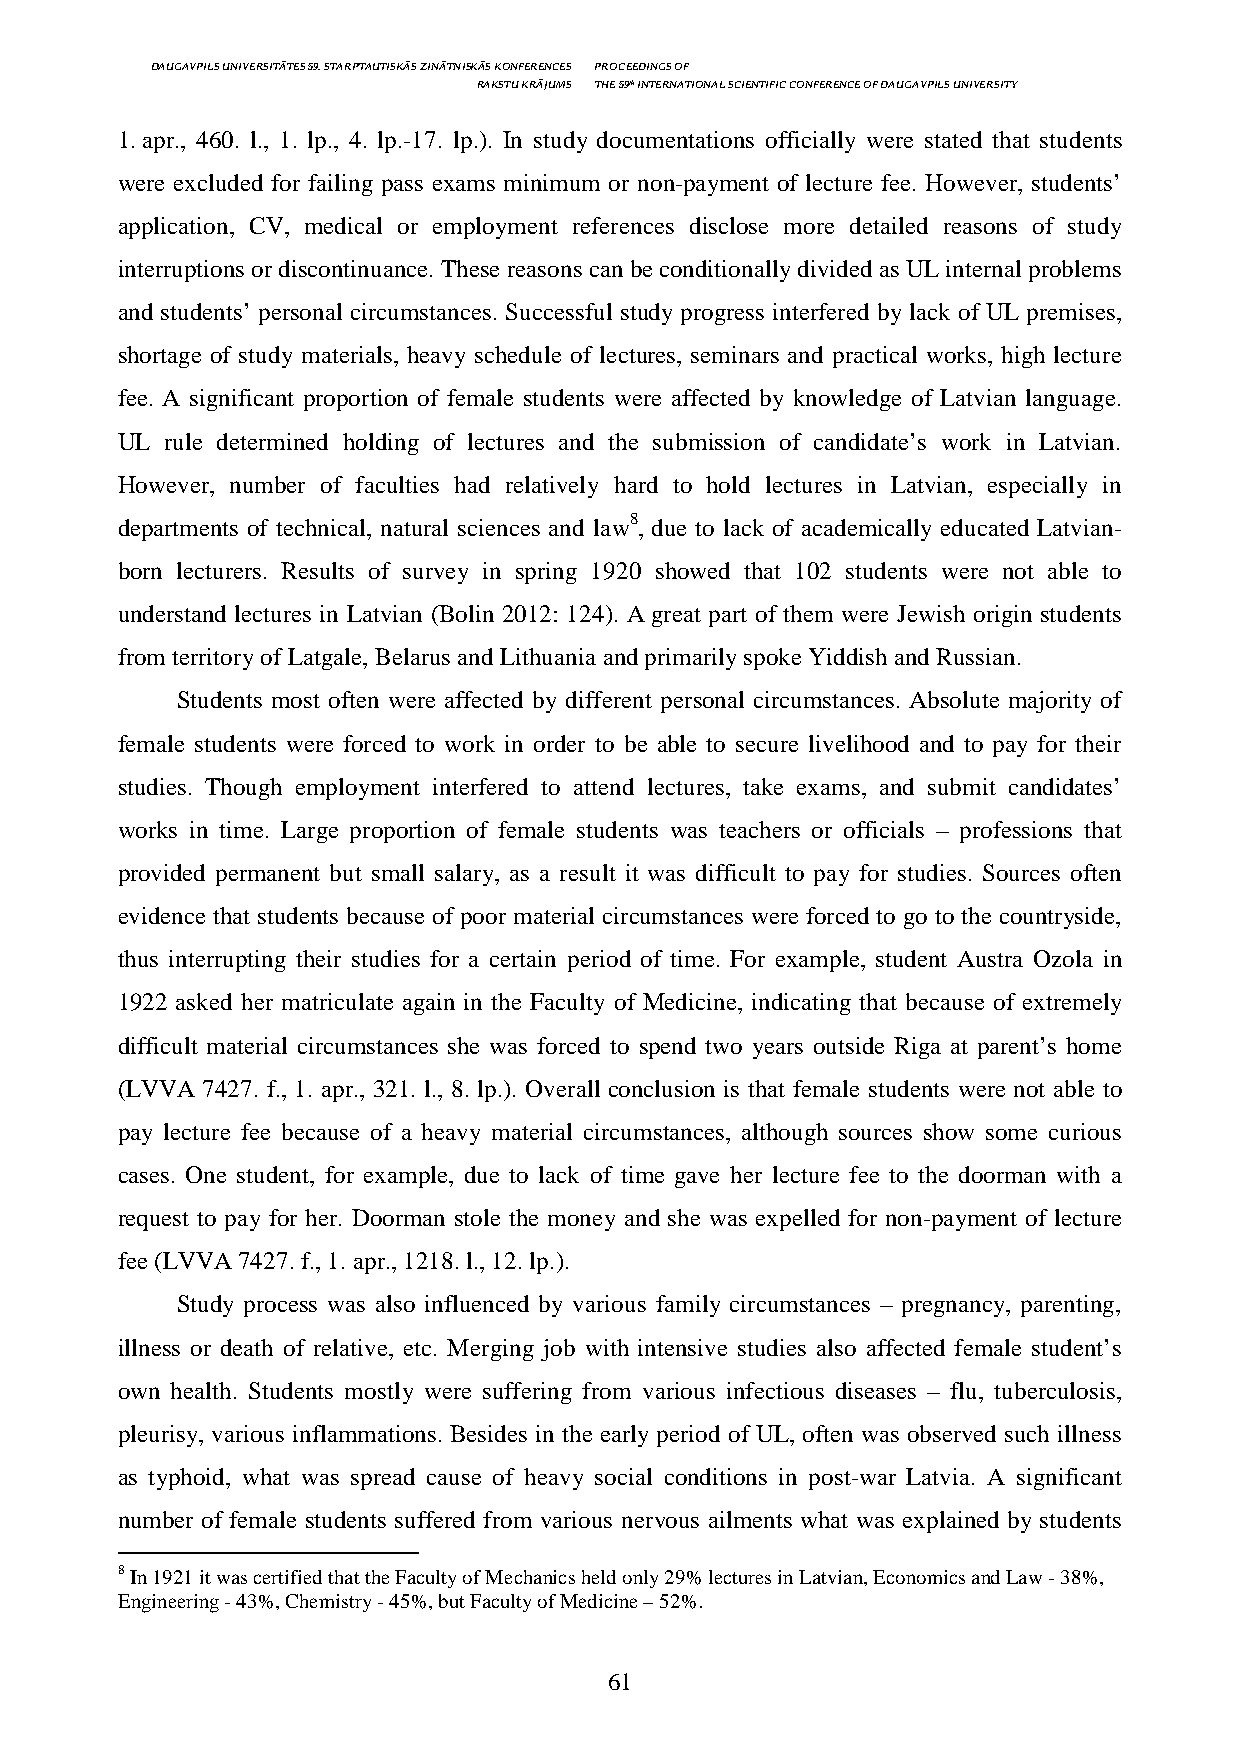
DAUGAVPILS UNIVERSITĀTES 59. STARPTAUTISKĀS ZINĀTNISKĀS KONFERENCES PROCEEDINGS OF
 RAKSTU KRĀJUMS THE 59th INTERNATIONAL SCIENTIFIC CONFERENCE OF DAUGAVPILS UNIVERSITY
 1. apr., 460. l., 1. lp., 4. lp.-17. lp.). In study documentations officially were stated that students
 were excluded for failing pass exams minimum or non-payment of lecture fee. However, students’
 application, CV, medical or employment references disclose more detailed reasons of study
 interruptions or discontinuance. These reasons can be conditionally divided as UL internal problems
 and students’ personal circumstances. Successful study progress interfered by lack of UL premises,
 shortage of study materials, heavy schedule of lectures, seminars and practical works, high lecture
 fee. A significant proportion of female students were affected by knowledge of Latvian language.
 UL rule determined holding of lectures and the submission of candidate’s work in Latvian.
 However, number of faculties had relatively hard to hold lectures in Latvian, especially in
 departments of technical, natural sciences and law8, due to lack of academically educated Latvian-
 born lecturers. Results of survey in spring 1920 showed that 102 students were not able to
 understand lectures in Latvian (Bolin 2012: 124). A great part of them were Jewish origin students
 from territory of Latgale, Belarus and Lithuania and primarily spoke Yiddish and Russian.
 Students most often were affected by different personal circumstances. Absolute majority of
 female students were forced to work in order to be able to secure livelihood and to pay for their
 studies. Though employment interfered to attend lectures, take exams, and submit candidates’
 works in time. Large proportion of female students was teachers or officials – professions that
 provided permanent but small salary, as a result it was difficult to pay for studies. Sources often
 evidence that students because of poor material circumstances were forced to go to the countryside,
 thus interrupting their studies for a certain period of time. For example, student Austra Ozola in
 1922 asked her matriculate again in the Faculty of Medicine, indicating that because of extremely
 difficult material circumstances she was forced to spend two years outside Riga at parent’s home
 (LVVA 7427. f., 1. apr., 321. l., 8. lp.). Overall conclusion is that female students were not able to
 pay lecture fee because of a heavy material circumstances, although sources show some curious
 cases. One student, for example, due to lack of time gave her lecture fee to the doorman with a
 request to pay for her. Doorman stole the money and she was expelled for non-payment of lecture
 fee (LVVA 7427. f., 1. apr., 1218. l., 12. lp.).
 Study process was also influenced by various family circumstances – pregnancy, parenting,
 illness or death of relative, etc. Merging job with intensive studies also affected female student’s
 own health. Students mostly were suffering from various infectious diseases – flu, tuberculosis,
 pleurisy, various inflammations. Besides in the early period of UL, often was observed such illness
 as typhoid, what was spread cause of heavy social conditions in post-war Latvia. A significant
 number of female students suffered from various nervous ailments what was explained by students
 8 In 1921 it was certified that the Faculty of Mechanics held only 29% lectures in Latvian, Economics and Law - 38%,
 Engineering - 43%, Chemistry - 45%, but Faculty of Medicine – 52%.
 61